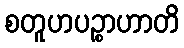
စတူဟပဉ္စာဟာတိ